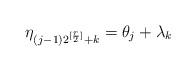
LaTeX: \begin{gather*} \eta_{(j-1)2^{[{r\over 2}]}+k}= \theta_j + \lambda_k\end{gather*}